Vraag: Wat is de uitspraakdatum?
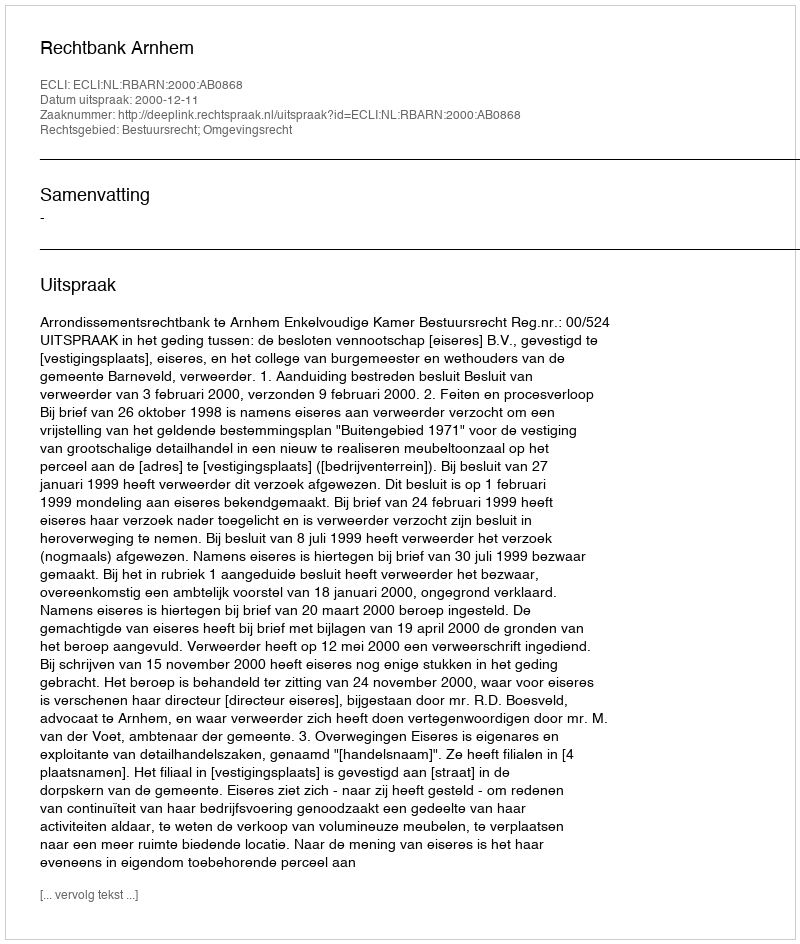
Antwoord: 2000-12-11